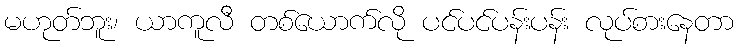
မဟုတ်ဘူး၊ ယာကူလီ တစ်ယောက်လို ပင်ပင်ပန်းပန်း လုပ်စားနေတာ